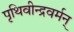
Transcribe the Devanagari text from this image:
पृथिवीन्द्रवर्मन्